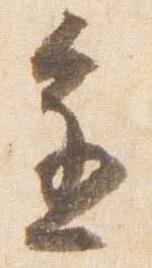
進